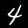
Label: 4